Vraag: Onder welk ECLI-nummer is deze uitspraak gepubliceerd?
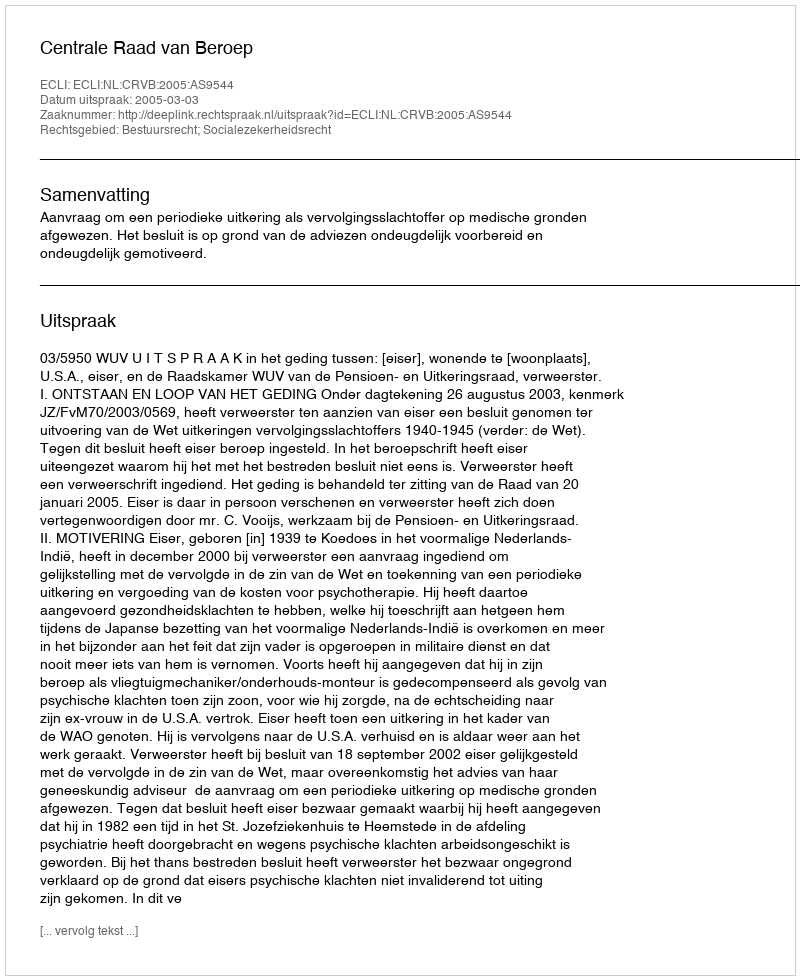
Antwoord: ECLI:NL:CRVB:2005:AS9544